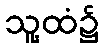
သူ့ထံ၌